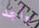
وأجد